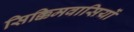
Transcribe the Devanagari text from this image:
सिक्किमवासियों